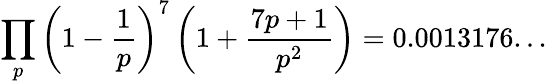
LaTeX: \prod_{p}\left(1-{\frac{1}{p}}\right)^{7}\left(1+{\frac{7p+1}{p^{2}}}\right)=0.0013176...